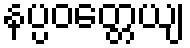
နပ္ပဝတ္တေယျ